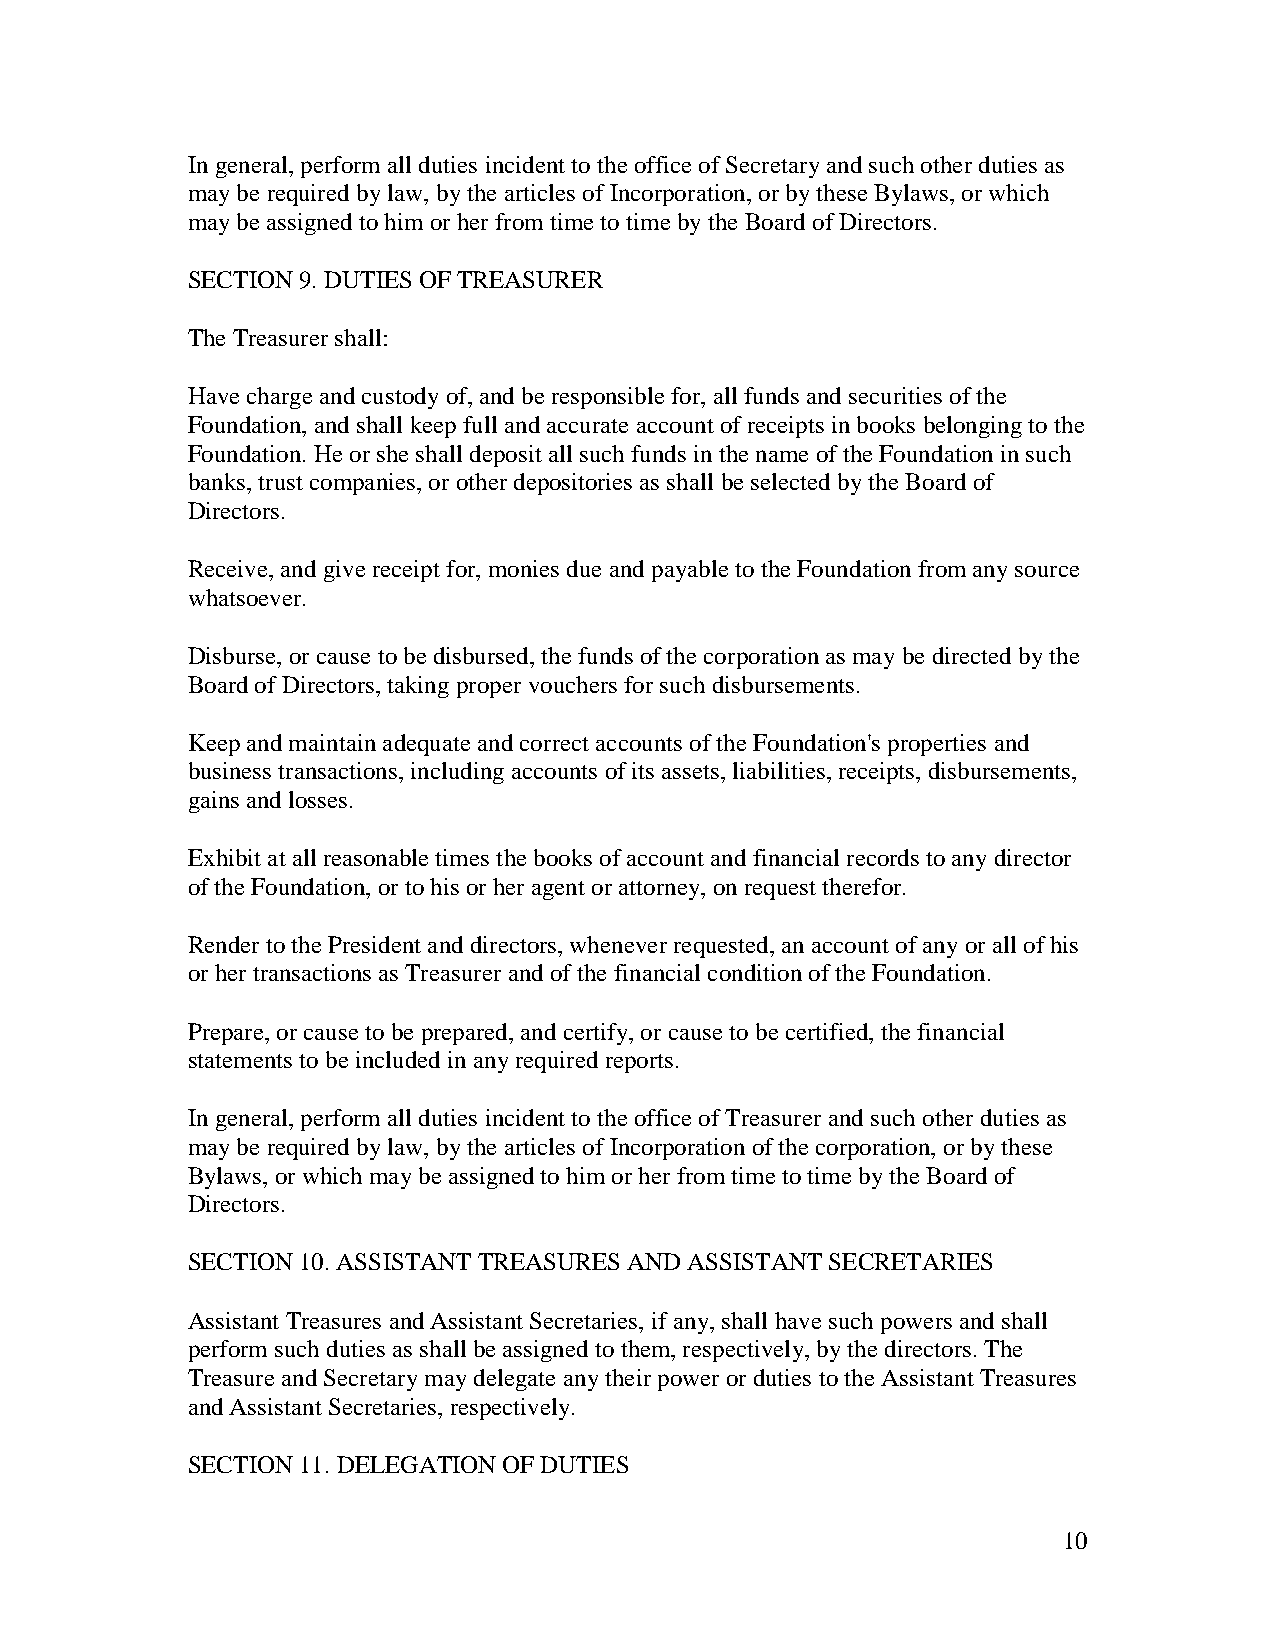
In general, perform all duties incident to the office of Secretary and such other duties as
 may be required by law, by the articles of Incorporation, or by these Bylaws, or which
 may be assigned to him or her from time to time by the Board of Directors.
 SECTION 9. DUTIES OF TREASURER
 The Treasurer shall:
 Have charge and custody of, and be responsible for, all funds and securities of the
 Foundation, and shall keep full and accurate account of receipts in books belonging to the
 Foundation. He or she shall deposit all such funds in the name of the Foundation in such
 banks, trust companies, or other depositories as shall be selected by the Board of
 Directors.
 Receive, and give receipt for, monies due and payable to the Foundation from any source
 whatsoever.
 Disburse, or cause to be disbursed, the funds of the corporation as may be directed by the
 Board of Directors, taking proper vouchers for such disbursements.
 Keep and maintain adequate and correct accounts of the Foundation's properties and
 business transactions, including accounts of its assets, liabilities, receipts, disbursements,
 gains and losses.
 Exhibit at all reasonable times the books of account and financial records to any director
 of the Foundation, or to his or her agent or attorney, on request therefor.
 Render to the President and directors, whenever requested, an account of any or all of his
 or her transactions as Treasurer and of the financial condition of the Foundation.
 Prepare, or cause to be prepared, and certify, or cause to be certified, the financial
 statements to be included in any required reports.
 In general, perform all duties incident to the office of Treasurer and such other duties as
 may be required by law, by the articles of Incorporation of the corporation, or by these
 Bylaws, or which may be assigned to him or her from time to time by the Board of
 Directors.
 SECTION 10. ASSISTANT TREASURES AND ASSISTANT SECRETARIES
 Assistant Treasures and Assistant Secretaries, if any, shall have such powers and shall
 perform such duties as shall be assigned to them, respectively, by the directors. The
 Treasure and Secretary may delegate any their power or duties to the Assistant Treasures
 and Assistant Secretaries, respectively.
 SECTION 11. DELEGATION OF DUTIES
 10